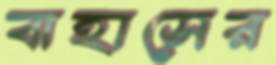
বাহাসের